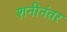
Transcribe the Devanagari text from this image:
शनीनंतर